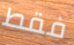
فقط